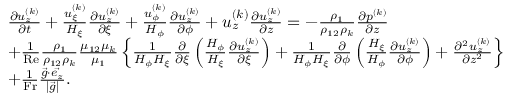
\begin{array} { r l } & { \begin{array} { r l } & { \frac { \partial u _ { z } ^ { ( k ) } } { \partial t } + \frac { u _ { \xi } ^ { ( k ) } } { H _ { \xi } } \frac { \partial u _ { z } ^ { ( k ) } } { \partial \xi } + \frac { u _ { \phi } ^ { ( k ) } } { H _ { \phi } } \frac { \partial u _ { z } ^ { ( k ) } } { \partial \phi } + u _ { z } ^ { ( k ) } \frac { \partial u _ { z } ^ { ( k ) } } { \partial z } = - \frac { \rho _ { 1 } } { \rho _ { 1 2 } \rho _ { k } } \frac { \partial p ^ { ( k ) } } { \partial z } } \\ & { + \frac { 1 } { \mathrm { R e } } \frac { \rho _ { 1 } } { \rho _ { 1 2 } \rho _ { k } } \frac { \mu _ { 1 2 } \mu _ { k } } { \mu _ { 1 } } \left\{ \frac { 1 } { H _ { \phi } H _ { \xi } } \frac { \partial } { \partial \xi } \left( \frac { H _ { \phi } } { H _ { \xi } } \frac { \partial u _ { z } ^ { ( k ) } } { \partial \xi } \right) + \frac { 1 } { H _ { \phi } H _ { \xi } } \frac { \partial } { \partial \phi } \left( \frac { H _ { \xi } } { H _ { \phi } } \frac { \partial u _ { z } ^ { ( k ) } } { \partial \phi } \right) + \frac { \partial ^ { 2 } u _ { z } ^ { ( k ) } } { \partial z ^ { 2 } } \right\} } \\ & { + \frac { 1 } { \mathrm { F r } } \frac { \vec { g } \cdot \vec { e _ { z } } } { | \vec { g } | } . } \end{array} } \end{array}